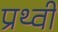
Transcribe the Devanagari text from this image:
प्रथ्‍वी